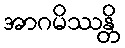
အာဂမိဿန္တိ